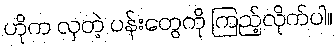
ဟိုက လှတဲ့ ပန်းတွေကို ကြည့်လိုက်ပါ။